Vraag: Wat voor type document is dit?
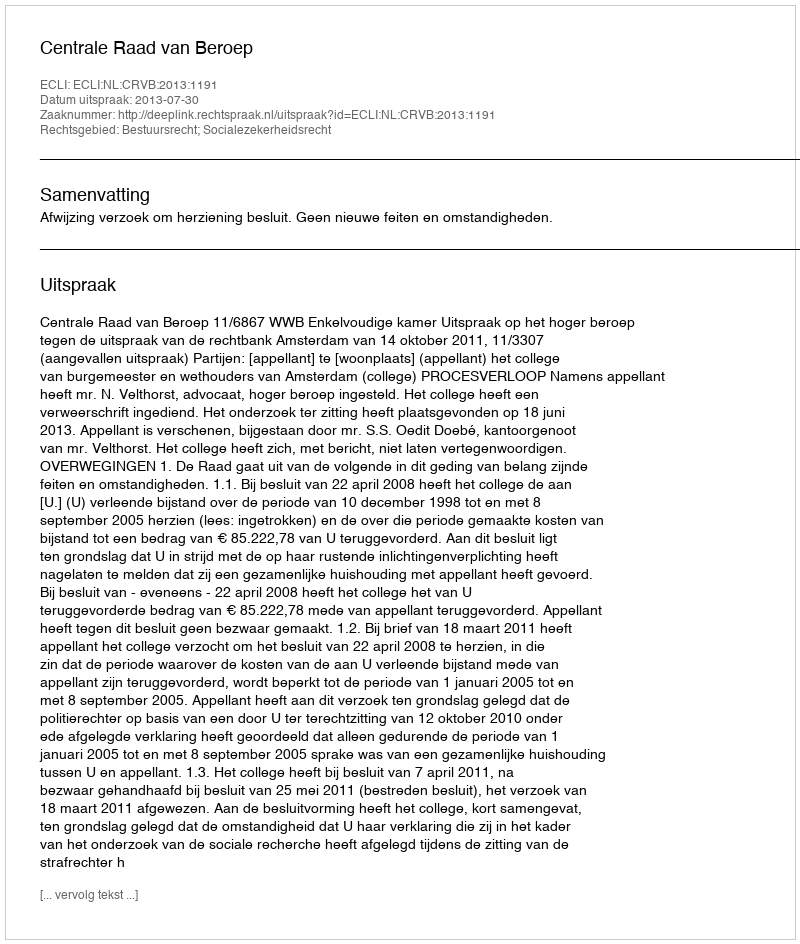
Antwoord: Uitspraak